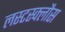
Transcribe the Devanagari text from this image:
लस्टस्क्लौस